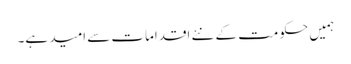
ہمیں حکومت کے نئے اقدامات سے امید ہے۔